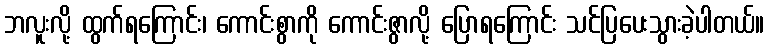
ဘလူးလို့ ထွက်ရကြောင်း၊ ကောင်းစွာကို ကောင်းဇွာလို့ ပြောရကြောင်း သင်ပြပေးသွားခဲ့ပါတယ်။